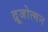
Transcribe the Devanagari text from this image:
द्रूजोत्मन